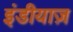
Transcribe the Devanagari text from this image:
इंडीयाज़